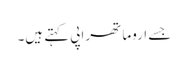
جسے اروما تھراپی کہتے ہیں۔